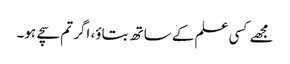
مجھے کسی علم کے ساتھ بتاؤ، اگر تم سچے ہو۔